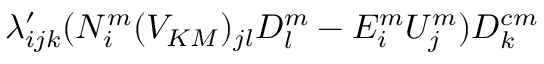
\lambda _ { i j k } ^ { \prime } ( N _ { i } ^ { m } ( V _ { K M } ) _ { j l } D _ { l } ^ { m } - E _ { i } ^ { m } U _ { j } ^ { m } ) D _ { k } ^ { c m }